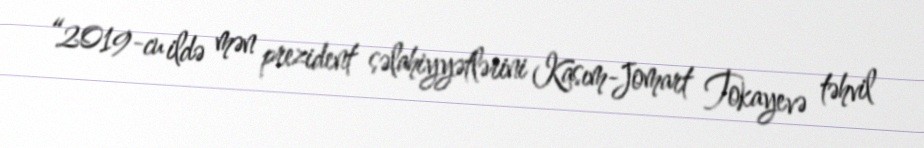
“2019-cu ildə mən prezident səlahiyyətlərini Kasım-Jomart Tokayevə təhvil